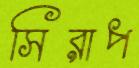
সিরাপ